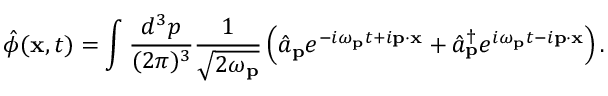
{ \hat { \phi } } ( \mathbf { x } , t ) = \int { \frac { d ^ { 3 } p } { ( 2 \pi ) ^ { 3 } } } { \frac { 1 } { \sqrt { 2 \omega _ { \mathbf { p } } } } } \left( { \hat { a } } _ { \mathbf { p } } e ^ { - i \omega _ { \mathbf { p } } t + i \mathbf { p } \cdot \mathbf { x } } + { \hat { a } } _ { \mathbf { p } } ^ { \dagger } e ^ { i \omega _ { \mathbf { p } } t - i \mathbf { p } \cdot \mathbf { x } } \right) .